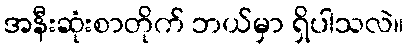
အနီးဆုံးစာတိုက် ဘယ်မှာ ရှိပါသလဲ။